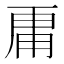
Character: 𮓞